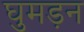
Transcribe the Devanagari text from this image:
घुमड़न